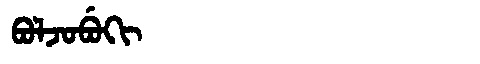
Manchu: ᠪᠣᠯᠵᠣᠪᡠᡴᡳ
Romanization: BOLJOBUKI